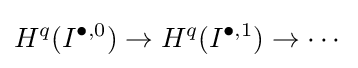
H^{q}(I^{\bullet ,0})\to H^{q}(I^{\bullet ,1})\to \cdots